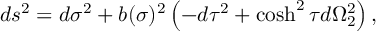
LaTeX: d s ^ { 2 } = d \sigma ^ { 2 } + b ( \sigma ) ^ { 2 } \left( - d \tau ^ { 2 } + \cosh ^ { 2 } \tau d \Omega _ { 2 } ^ { 2 } \right) ,